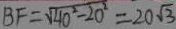
B F = \sqrt { 4 0 ^ { 2 } - 2 0 ^ { 2 } } = 2 0 \sqrt { 3 }